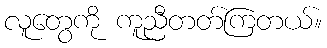
လူတွေကို ကူညီတတ်ကြတယ်။